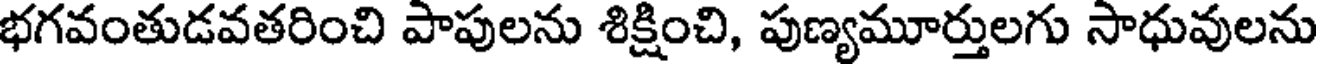
భగవంతుడవతరించి పాపులను శిక్షించి, పుణ్యమూర్తులగు సాధువులను